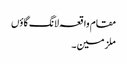
مقام واقعہ لانگ گاؤں
ملزمین ۔